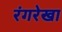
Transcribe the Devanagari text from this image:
रंगरेखा